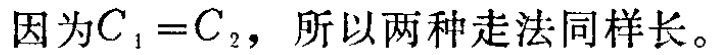
因为\(C_{1} = C_{2}\)，所以两种走法同样长。